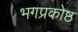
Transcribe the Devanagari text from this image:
भगप्रकोष्ठ